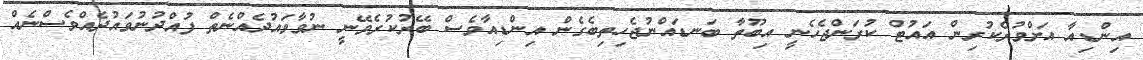
އިންޑިއާ އަށްވުރެކުރިން އައުޓް ކުރަންޖެހެނީ އިބޫތާ ބަނޑައްނުޖެހިތިބެގެން އިންޑިއާވެސް ބޭރުކުރެވޭނީ ނުވާވައުދެއްނެތް ފުއްދުނުވައުދެއްވެސްނެއް